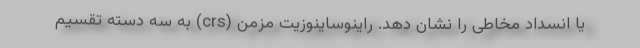
یا انسداد مخاطی را نشان دهد. راینوساینوزیت مزمن (crs) به سه دسته تقسیم